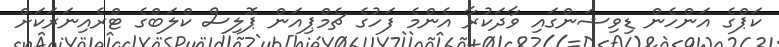
ކަޕްގެ އަންހެން ޑިވިޝަންގައި ވާދަކުރާ އެންމެ ފަހުގެ ޗެމްޕިއަން ޕޮލިސް ކްލަބްގެ ޓްރެއިނަރަކަށް